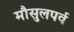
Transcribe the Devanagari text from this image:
मौसुलपर्व